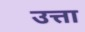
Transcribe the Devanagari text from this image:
उत्ता